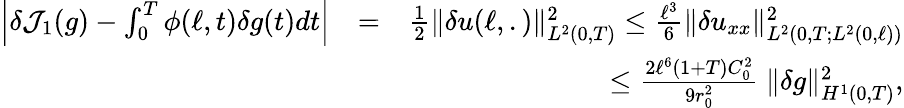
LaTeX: \begin{array}{rlr}{\Big\vert\delta\mathcal{J}_{1}(g)-\int_{0}^{T}\phi(\ell,t)\delta g(t)dt\Big\vert}&{=}&{\frac{1}{2}\Vert\delta u(\ell,.)\Vert_{L^{2}(0,T)}^{2}\leq\frac{\ell^{3}}{6}\Vert\delta u_{xx}\Vert_{L^{2}(0,T;L^{2}(0,\ell))}^{2}}\\ &{}&{\leq\frac{2\ell^{6}(1+T)C_{0}^{2}}{9r_{0}^{2}}\ \Vert\delta g\Vert_{H^{1}(0,T)}^{2},}\end{array}